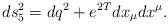
LaTeX: \begin{align*}ds_5^2 = dq^2 + e^{2T}dx_{\mu}dx^{\mu}.\end{align*}